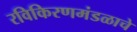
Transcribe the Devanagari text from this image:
रविकिरणमंडळाचे